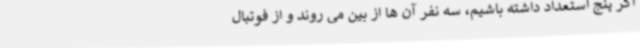
اگر پنج استعداد داشته باشیم، سه نفر آن ها از بین می روند و از فوتبال